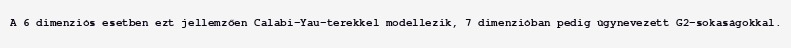
A 6 dimenziós esetben ezt jellemzően Calabi–Yau-terekkel modellezik, 7 dimenzióban pedig úgynevezett G2-sokaságokkal.